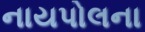
નાયપોલના